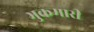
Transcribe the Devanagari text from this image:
भुकमारी